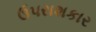
ઉપરાશકાર